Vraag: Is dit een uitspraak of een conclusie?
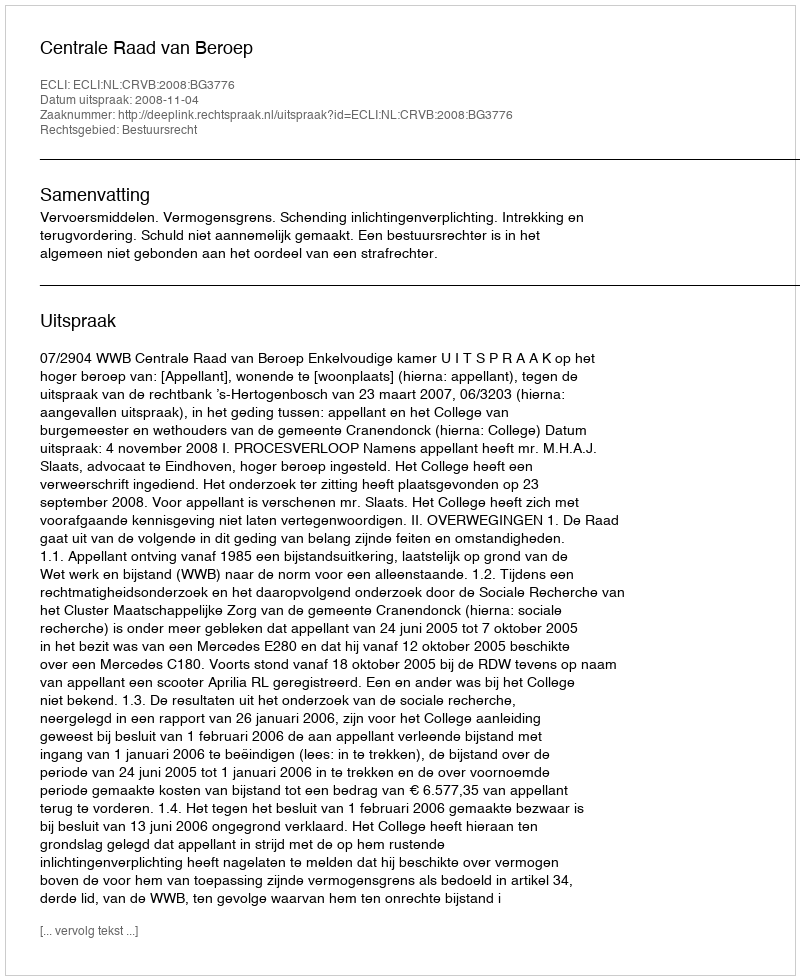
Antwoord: Uitspraak